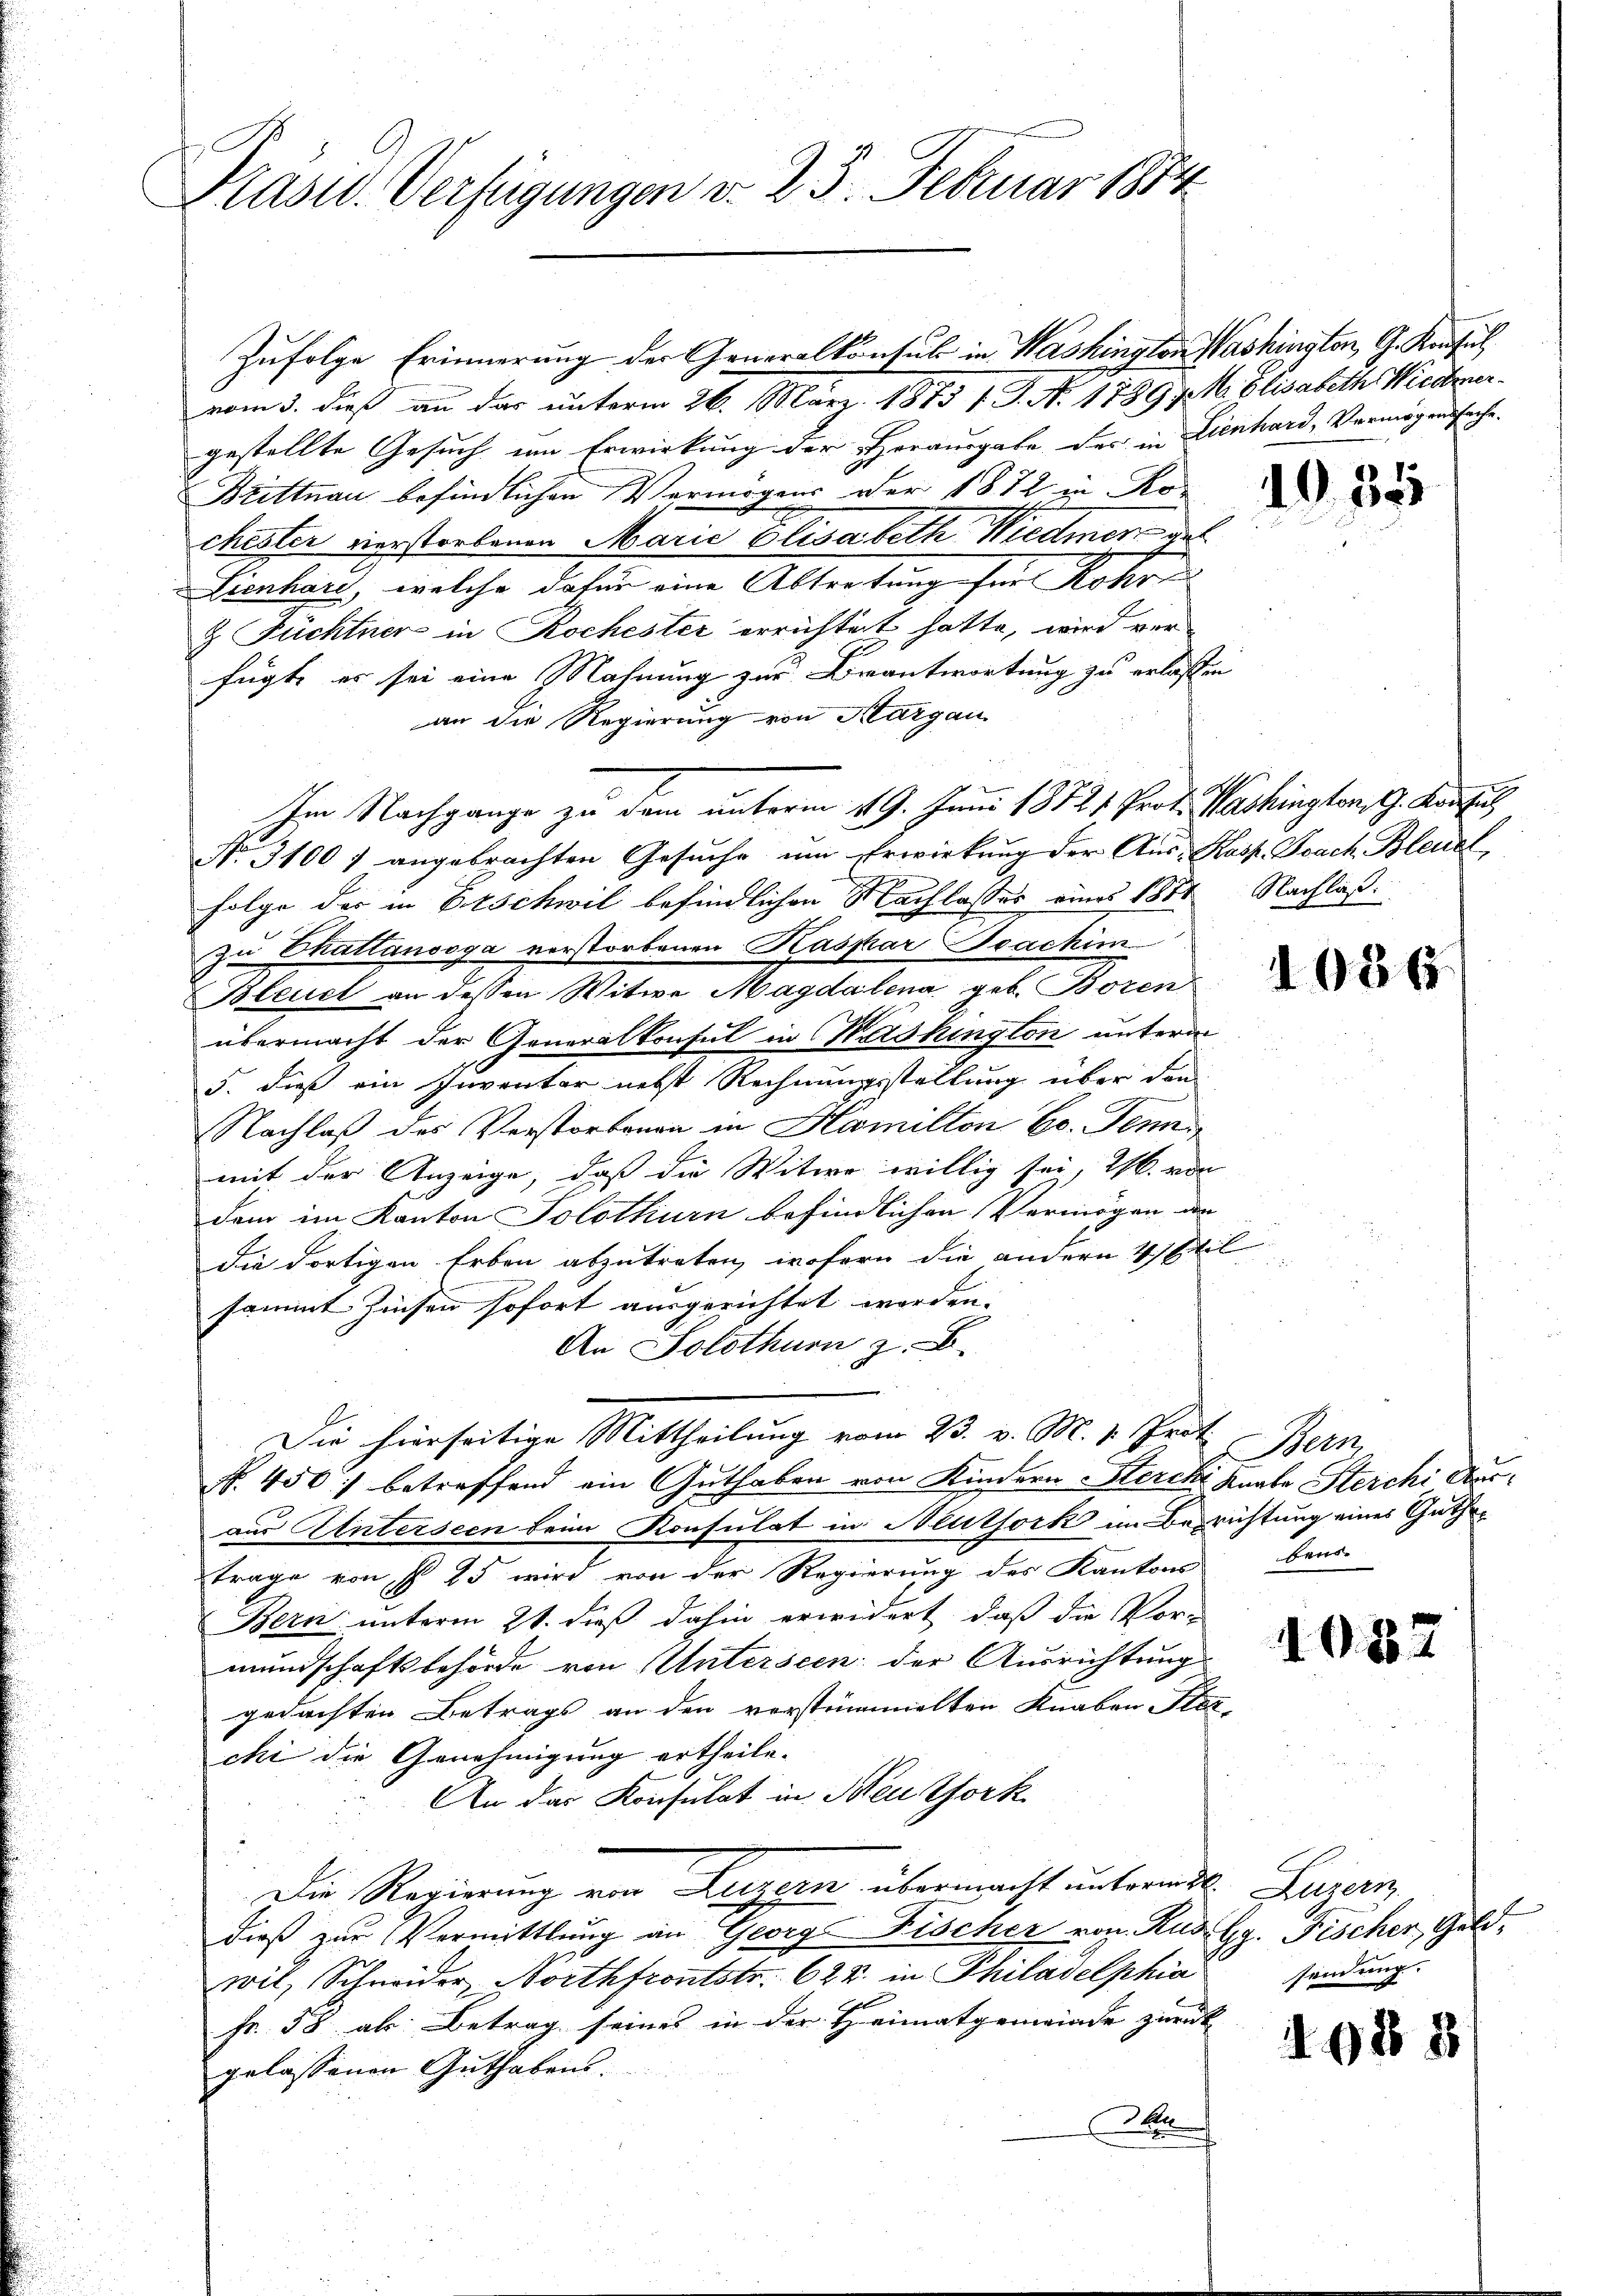
Präsid. Verfügungen v. 23. Februar 1814.

Zufolge Erinnerung der Generalkonsul in Washington Washington, G. Konsul

vom 3. dieß an das unterm 26. März. 1873 f. J. N. 1789 /. M. Elisabeth Wiedergestellte Gesuch im Erwirkung der Herausgabe der in Lienhard, Vermögenssache.
Brittnau befindlichen Vermögens der 1872 in Rochester verstorbenen Maria Elisabeth Wiedmer des
Lienhart, welche dafür eine Abtretung für Rohr
& Füchtner in Rochester errichtert hatte, wird verfügt, er sei eine Mahnung zur Beantwortung zu erlassen
an die Regierung von Aargau
Im Nachgange zu dem unterm 19. Juni 18721 Prof. Washington J. Konfus
No. 31007 angebrachten Gesuche um Erwirkung der Aus- Kasp. Joach Bleuel,
Folge der in Erschwil befindlichen Nachlasses eines 1851 Nachlaßzu Chuttanooga verstorbenen Kaspar Brachim
Bleuch an dessen Witwe Magdalena geb. Boren
übermacht der Generalkonsul in Washington unterm
5. dieß ein Inventar nebst Rechnungsstellung über den
Nachlaß des Verstorbenen in Hamillon Co. Jennen
mit der Anzeige, daß die Witwe willig sei, 26. von
dem im Kanton Solothurn befindlichen Vermögen an
die dortigen Erben abzutreten, wofern die andern 4 Stil
sammt Zinsen sofort ausgerichtet werden.
An Solothur z. B.
Die hierseitige Mittheilung vom 23. v. M. v. Pect. Bern,
f. 450) betreffend ein Guthaben von Kindern Herchi Knabe Sterchi Ausaus Unterseen beim Konsulat in Neuthork im Berichtung eines Guther
trage von § 15 wird von der Regierung des Kantons beur-
Bern unterm 21. dieß dahin erwidert, daß die Vor-
mundschaftsbehörde von Unterseen der Ausrichtung
gedachten Betrags an den verstümmelten Knaben Ster-
chi die Genehmigung ertheile.
An das Konsulat in Neukfork
Die Regierung von Luzern übermacht unterende Luzern
dieß zur Vermittlung an Georg Fischer von Kun Gg. Fischer Geldwil, Schneider Northfrontstr. 624. in Philadelphia
Fr. 58 als Betrag seines in der Heimatgemeinde zurück- |
gelassenen Guthabens.
A

1935

1087

sendung.

1988

1